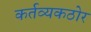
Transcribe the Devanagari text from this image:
कर्तव्यकठोर